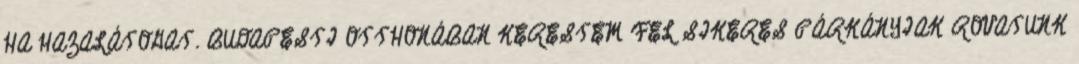
HA HAZALÁTOGAT. BUDAPESTI OTTHONÁBAN KERESTEM FEL SIKERES PÁRKÁNYIAK ROVATUNK